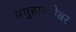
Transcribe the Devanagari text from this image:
समुहाबरोबर